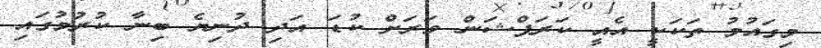
މިގައުމު ތަކަކީ އެއީ ކަރަޕްޝަން ވަރަށް ކުޑަ އަދި ދުނިޔެ ބިނާ ކުރުމުގައި